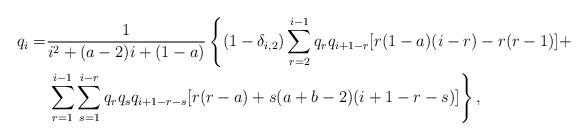
LaTeX: \begin{align*}q_{i}=&\frac{1}{i^{2} + (a-2)i + (1-a)}\left\{(1-\delta_{i,2})\sum_{r=2}^{i-1}q_{r}q_{i+1-r}[r(1-a)(i-r)-r(r-1)]+\right.\\&\left.\sum_{r=1}^{i-1}\sum_{s=1}^{i-r}q_{r}q_{s}q_{i+1-r-s}[r(r-a)+s(a+b-2)(i+1-r-s)]\right\},\end{align*}